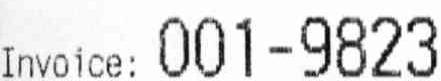
INVOICE: 001-9823